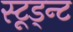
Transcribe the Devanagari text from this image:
स्टूड्न्ट